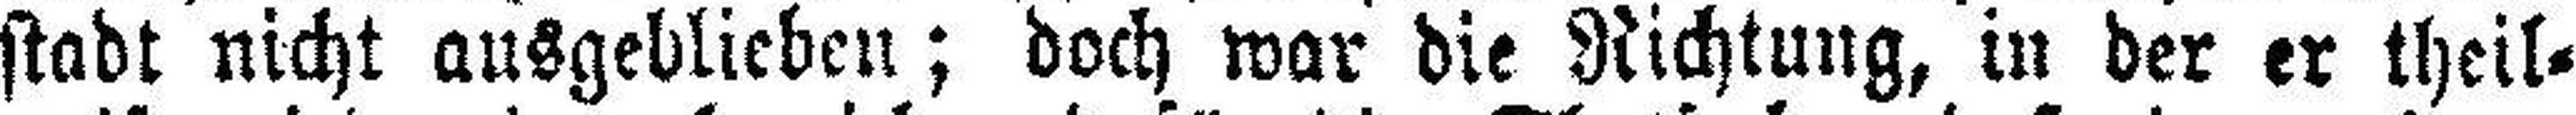
stadt nicht ausgeblieben; doch war die Richtung, in der er theil¬